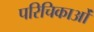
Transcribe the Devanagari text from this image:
परिचिकाओं